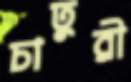
চাতুরী